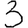
Digit: 3